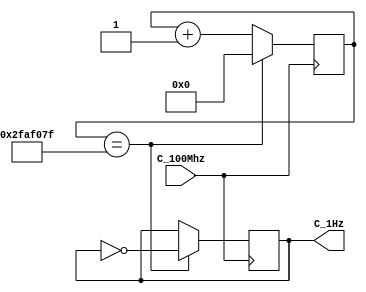
module Divisor_Frecuencia (
		input  C_100Mhz, //Clock de la fpga = 100MHz
		output  C_1Hz
	);

	reg[31:0] contador = 0; //Variable que almacena Contador
	reg C_1Hz=0;
	 
	always @(posedge C_100Mhz)
		begin
				if (contador == 50000000-1)          //Si ha cuenta 1s enciende led
					begin
					C_1Hz <= ~C_1Hz;
					contador <=0;
					end
				/*if (contador == 200000000-1)          //Si cuenta otro segundo lo apaga y reinicia
					begin
					C_1Hz <= 1'b0;
					contador <=0;
					end*/
				else
					begin
					contador <= contador + 1;        //suma contador
				   end
	  end
endmodule